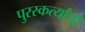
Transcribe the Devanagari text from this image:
पुरस्कर्त्यांची